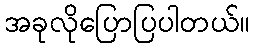
အခုလိုပြောပြပါတယ်။